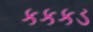
કકકડ